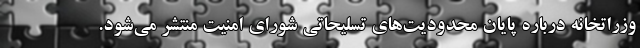
وزراتخانه درباره پایان محدودیت‌های تسلیحاتی شورای امنیت منتشر می‌شود.